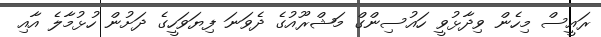
ރައީސް މިހެން ވިދާޅުވީ ހައުސިންގް މަޝްރޫއުގެ ދެވަނަ ފިޔަވަހީގެ ދަށުން ހުޅުމާލެ އާއި